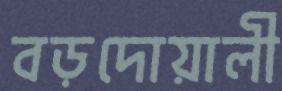
বড়দোয়ালী